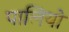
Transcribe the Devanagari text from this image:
पालियो